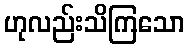
ဟုလည်းသိကြသော